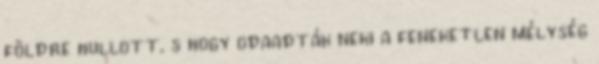
földre hullott, s hogy odaadták neki a feneketlen mélység